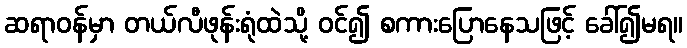
ဆရာဝန်မှာ တယ်လီဖုန်းရုံထဲသို့ ဝင်၍ စကားပြောနေသဖြင့် ခေါ်၍မရ။